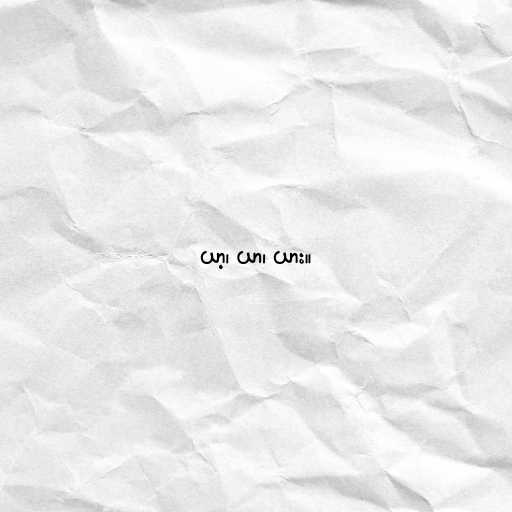
ယာ့၊ ယာ၊ ယား။